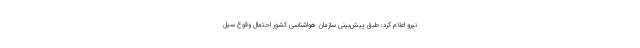
نیرو اعلام کرد: طبق پیش‌بینی سازمان هواشناسی کشور احتمال وقوع سیل